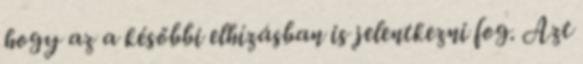
hogy az a későbbi elhízásban is jelentkezni fog. Azt